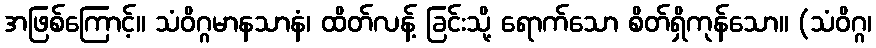
အဖြစ်ကြောင့်။ သံဝိဂ္ဂမာနသာနံ၊ ထိတ်လန့် ခြင်းသို့ ရောက်သော စိတ်ရှိကုန်သော။ (သံဝိဂ္ဂ၊